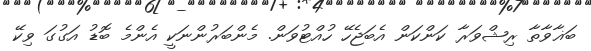
ބަޣާވާތާ ރިޝްވަރާ ކަންކަން އެބަޖެހޭ ހުއްޓުވަން. މެންބަރުންނަކީ އެންމެ ބޮޑު އަގުގަ ވިކޭ